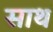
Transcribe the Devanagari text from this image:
साथं